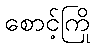
စောင့်ကြို